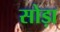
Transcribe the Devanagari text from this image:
सोड़ा